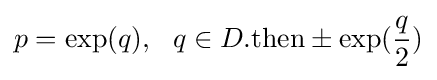
p=\exp(q),\ \ q\in D.{\text{then}}\pm \exp({\frac {q}{2}})